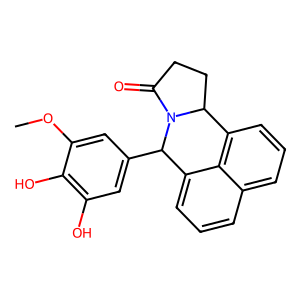
SMILES: COc1cc(C2c3cccc4cccc(c34)C3CCC(=O)N32)cc(O)c1O
Inhibits HIV replication: Yes